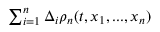
\begin{array} { r } { \sum _ { i = 1 } ^ { n } \Delta _ { i } \rho _ { n } ( t , x _ { 1 } , . . . , x _ { n } ) } \end{array}